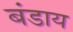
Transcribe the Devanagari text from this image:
बंडाय